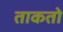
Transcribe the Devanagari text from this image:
ताकतो